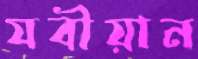
যবীয়ান